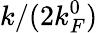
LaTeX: k/(2k_{F}^{0})